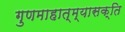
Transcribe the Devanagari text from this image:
गुणमाहात्म्यासक्ति